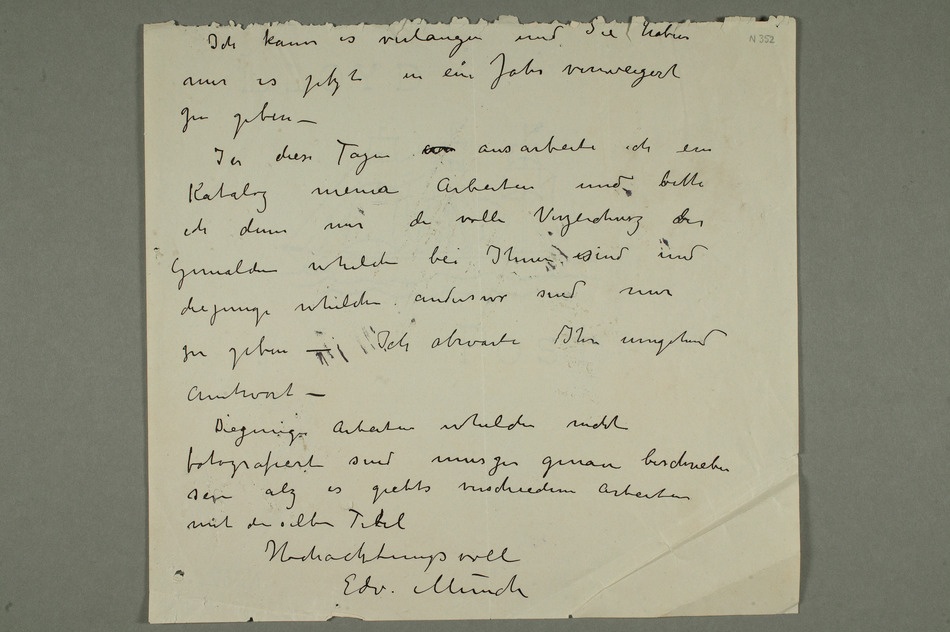
mir es jetzt in ein Jahr verzweigert
In diese Tagen  ausarbeite ich ein
Katalog meinae Arbeiten und vbitte
ich denn mir die volle Verzeichnung vder
Gemalden whelche bei Ihnen essind und
diejenige whelchen anderswo sind mir
zu geben – Ich abwarte Ihre umgehend
fotografiert sind muszen genau beschrieben
sein alz es giebts verschiedene Arbeiten
mit dieselbe Titel
Hochachtungsvoll
Edv. Munch